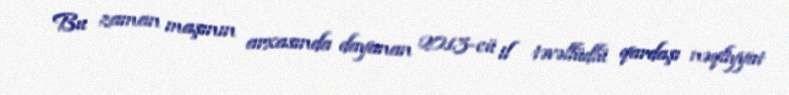
Bu zaman maşının arxasında dayanan 2013-cü il təvəllüdlü qardaşı nəqliyyat